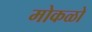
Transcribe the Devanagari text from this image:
मोकळो